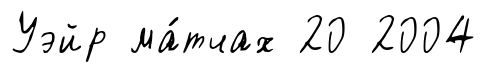
Уэйр ма́тчах 20 2004